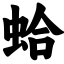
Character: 蛤